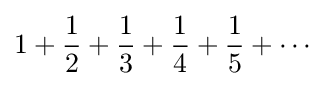
1+{\frac {1}{2}}+{\frac {1}{3}}+{\frac {1}{4}}+{\frac {1}{5}}+\cdots